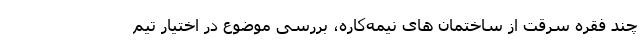
چند فقره سرقت از ساختمان های نیمه‌کاره، بررسی موضوع در اختیار تیم